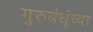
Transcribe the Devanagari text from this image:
गुरुबंधूंच्या